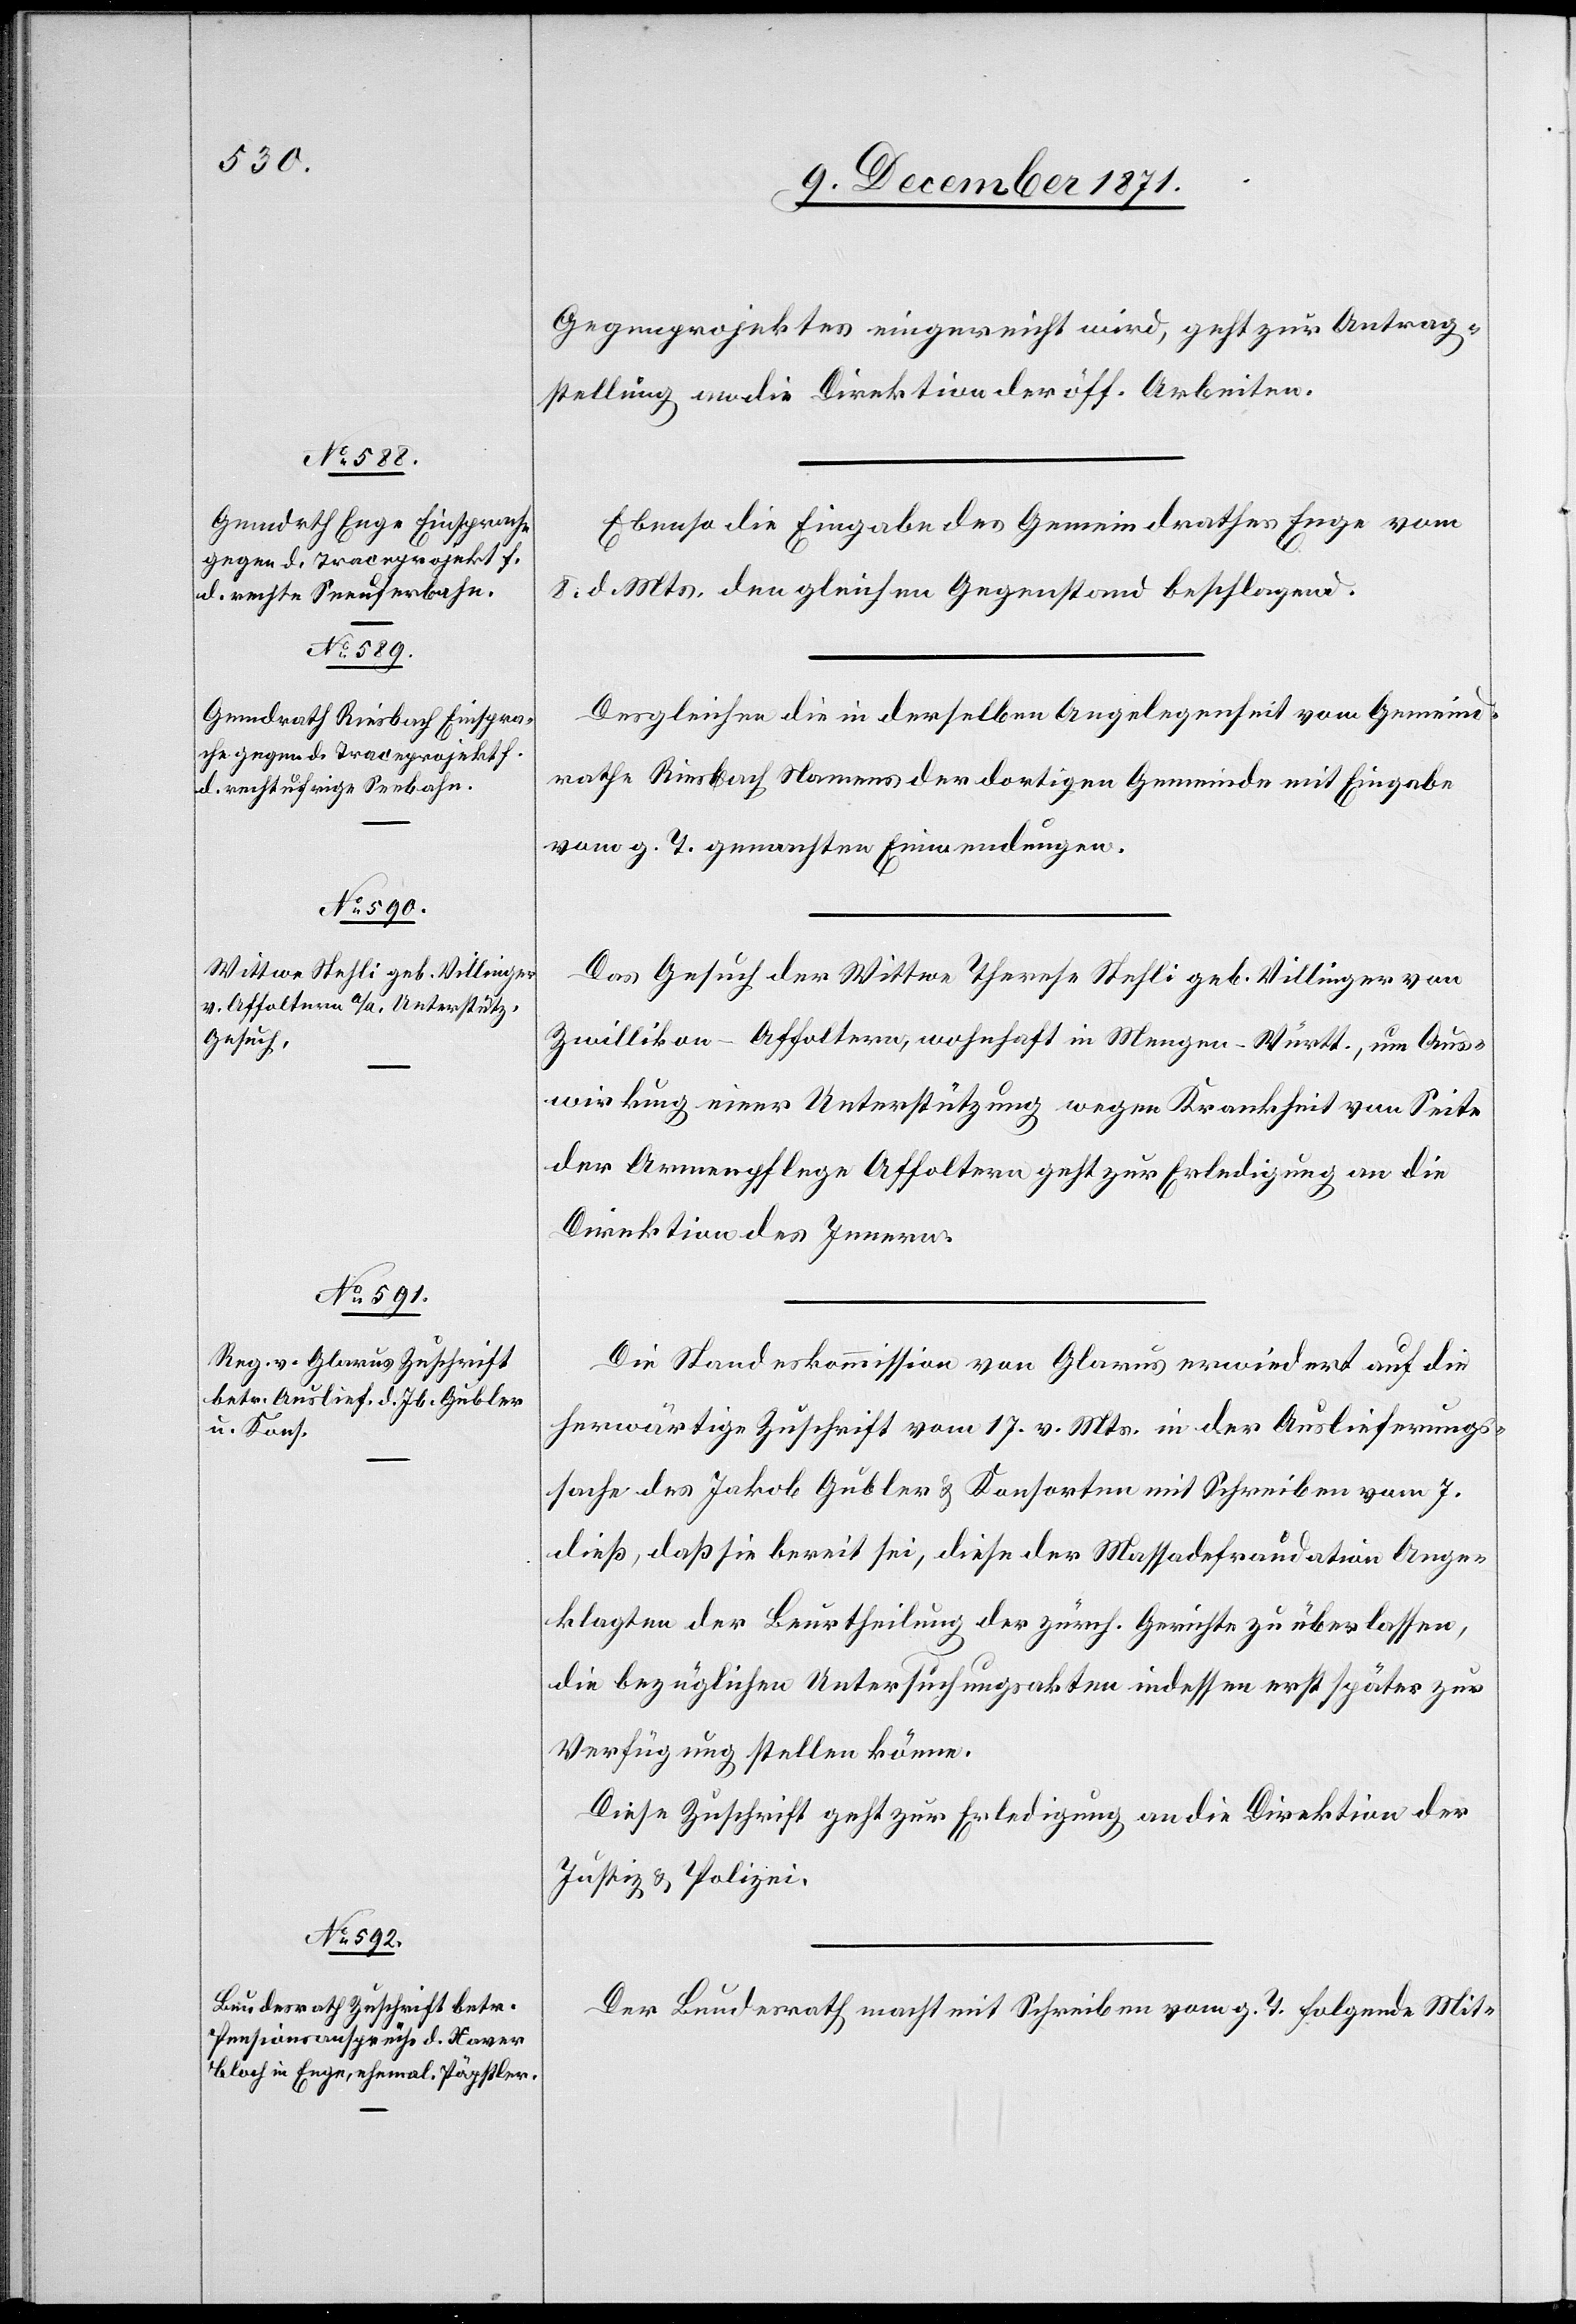
12. December 1871.]
Gegenprojektes eingereicht wird, geht zur Antrag¬
stellung an die Direktion der öff. Arbeiten.
Ebenso die Eingabe des Gemeindrathes Enge vom
8. d. Mts. den gleichen Gegenstand beschlagend.
Desgleichen die in derselben Angelegenheit vom Gemeind¬
rathe Riesbach Namens der dortigen Gemeinde mit Eingabe
vom g. T. gemachten Einwendungen.
Das Gesuch der Wittwe Therese Stehli geb. Villinger von
Zwillikon-Affoltern, wohnhaft in Wengen-Württ. um Aus¬
wirkung einer Unterstützung wegen Krankheit von Seite
der Armenpflege Affoltern geht zur Erledigung an die
Direktion des Innern.
Die Standeskommission von Glarus erwiedert auf die
herwärtige Zuschrift vom 17. v. Mts. in der Auslieferungs¬
sache des Jakob Gubler & Konsorten mit Schreiben vom 7.
dieß, daß sie bereit sei, diese der Massadefraudation Ange¬
klagten der Beurtheilung der zürich. Gerichte zu überlassen,
die bezüglichen Untersuchungsakten indessen erst später zur
Verfügung stellen könne.
Diese Zuschrift geht zur Erledigung an die Direktion der
Justiz & Polizei.
Der Bundesrath macht mit Schreiben vom g. T. folgende Mit-